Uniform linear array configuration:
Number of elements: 48
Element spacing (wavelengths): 0.25
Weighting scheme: uniform
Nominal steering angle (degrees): -15
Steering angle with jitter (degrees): -13.959
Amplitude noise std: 0.05
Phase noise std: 0.05

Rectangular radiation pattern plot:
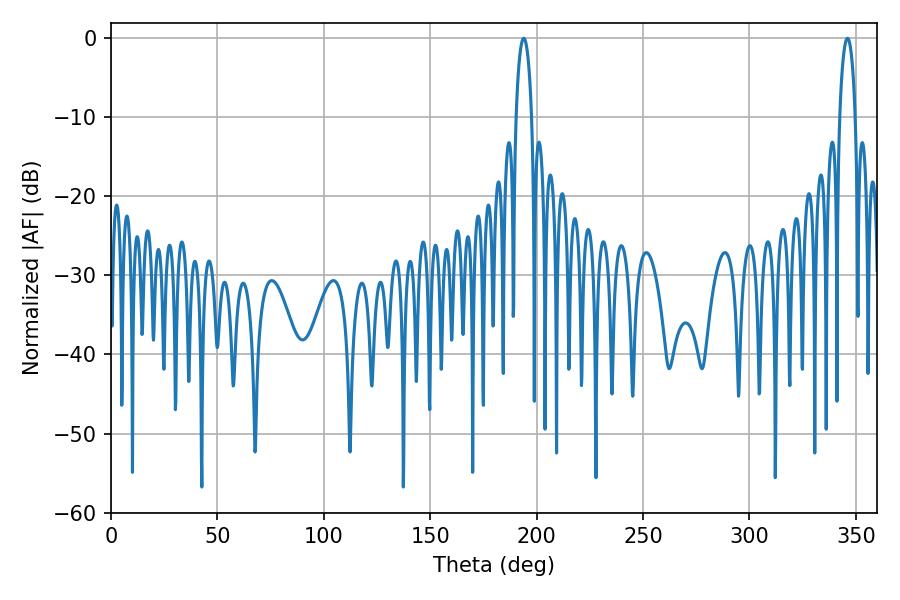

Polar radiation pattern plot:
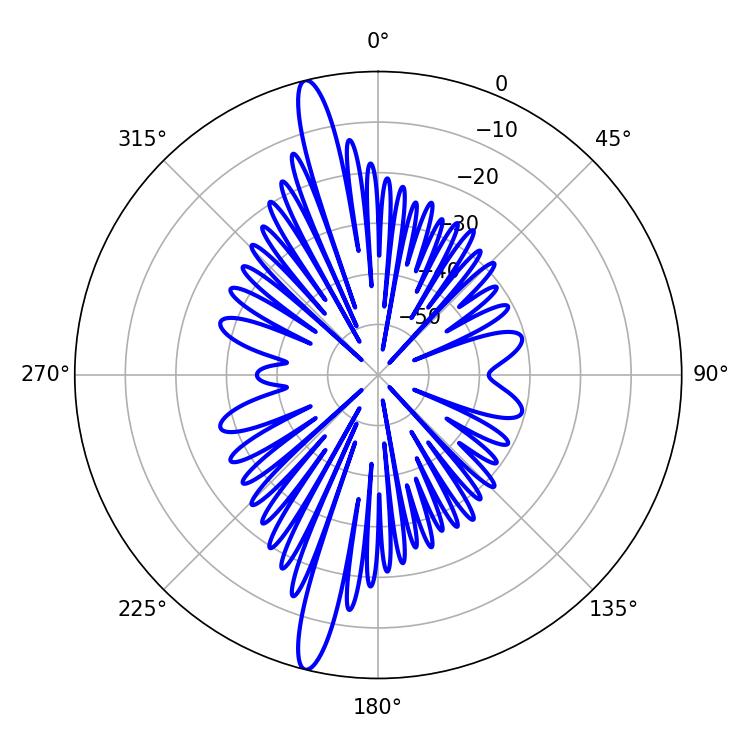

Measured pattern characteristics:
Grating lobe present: FALSE
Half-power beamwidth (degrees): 4.14
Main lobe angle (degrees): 346.14